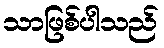
သာဖြစ်ပါသည်